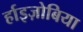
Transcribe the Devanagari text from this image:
र्हाइज़ोबिया